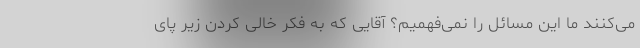
می‌کنند ما این مسائل را نمی‌فهمیم؟ آقایی که به فکر خالی کردن زیر پای